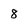
Character: 8